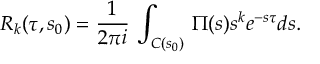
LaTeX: R _ { k } ( \tau , s _ { 0 } ) = \frac { 1 } { 2 \pi i } \, \int _ { C ( s _ { 0 } ) } \, \Pi ( s ) s ^ { k } e ^ { - s \tau } d s .